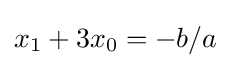
x_{1}+3x_{0}=-b/a